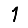
Digit: 1